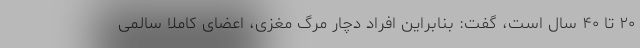
۲۰ تا ۴۰ سال است، گفت: بنابراین افراد دچار مرگ مغزی، اعضای کاملا سالمی